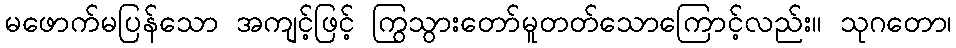
မဖောက်မပြန်သော အကျင့်ဖြင့် ကြွသွားတော်မူတတ်သောကြောင့်လည်း။ သုဂတော၊